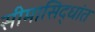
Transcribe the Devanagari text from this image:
सीमासिद्धांत